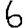
Digit: 6